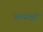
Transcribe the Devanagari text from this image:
आफ़तों